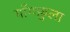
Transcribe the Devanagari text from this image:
याँगफ़ुला